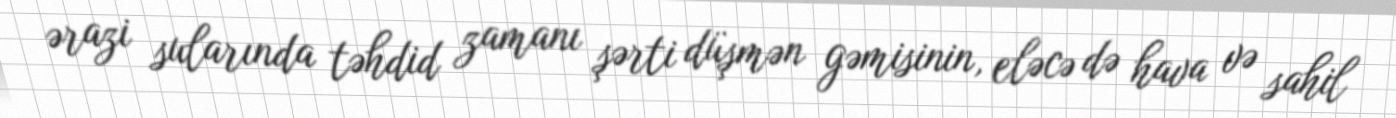
ərazi sularında təhdid zamanı şərti düşmən gəmisinin, eləcə də hava və sahil